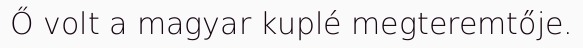
Ő volt a magyar kuplé megteremtője.